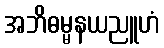
အဘိဓမ္မနယညူဟံ